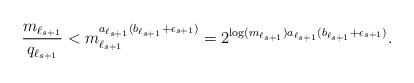
LaTeX: \begin{align*} \frac{m_{\ell_{s+1}}}{q_{\ell_{s+1}}}< m_{\ell_{s+1}}^{a_{\ell_{s+1}}(b_{\ell_{s+1}}+\epsilon_{s+1})}= 2^{\log(m_{\ell_{s+1}})a_{\ell_{s+1}}(b_{\ell_{s+1}}+\epsilon_{s+1})}. \end{align*}